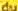
dy